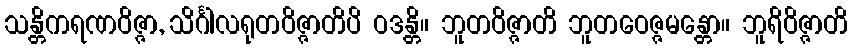
သန္တိကရဏဝိဇ္ဇာ, သိင်္ဂါလရုတဝိဇ္ဇာတိပိ ဝဒန္တိ။ ဘူတဝိဇ္ဇာတိ ဘူတဝေဇ္ဇမန္တော။ ဘူရိဝိဇ္ဇာတိ